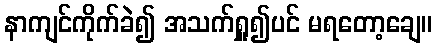
နာကျင်ကိုက်ခဲ၍ အသက်ရှူ၍ပင် မရတော့ချေ။